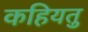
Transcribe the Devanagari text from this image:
कहियतु